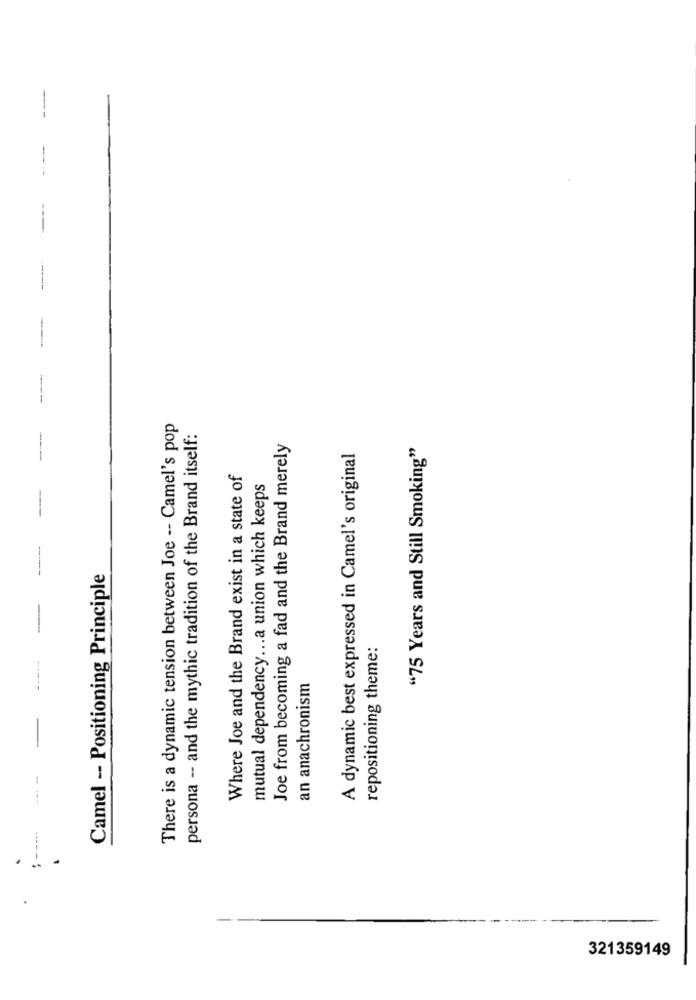
There is a dynamic tension between Joe -- Camel's pop
persona -- and the mythic tradition of the Brand itself:
Joe from becoming a fad and the Brand merely
"75 Years and Still Smoking"
A dynamic best expressed in Camel's original
Where Joe and the Brand exist in a state of
mutual dependency ... a union which keeps
Camel - Positioning Principle
repositioning theme:
an anachronism
-
321359149